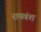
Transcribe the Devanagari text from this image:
रायवंश